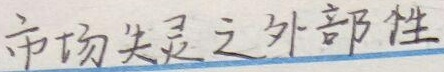
市场失灵之外部性